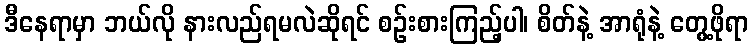
ဒီနေရာမှာ ဘယ်လို နားလည်ရမလဲဆိုရင် စဉ်းစားကြည့်ပါ၊ စိတ်နဲ့ အာရုံနဲ့ တွေ့ဖိုရာ